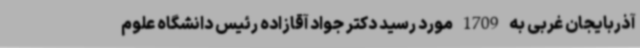
آذربایجان غربی به 1709 مورد رسید دکتر جواد آقازاده رئیس دانشگاه علوم